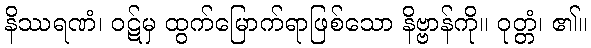
နိဿရဏံ၊ ဝဋ်မှ ထွက်မြောက်ရာဖြစ်သော နိဗ္ဗာန်ကို။ ဝုတ္တံ၊ ၏။